Regulations for the medical services of the Army of India
Year: 1930
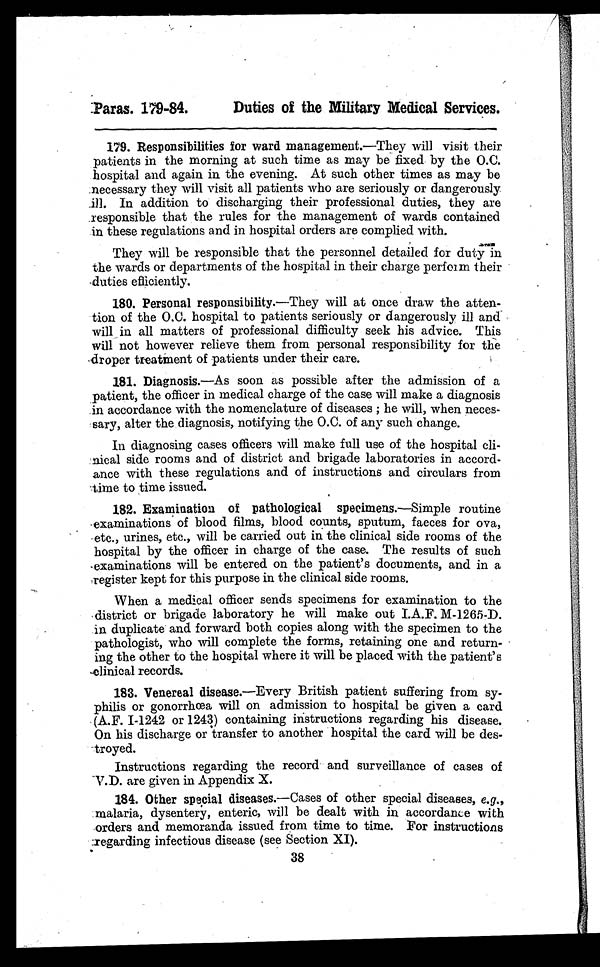
Paras. 179-84.
Duties of the Military Medical Services.
179. Responsibilities for ward management.—They will visit their
patients in the morning at such time as may be fixed by the O.C.
hospital and again in the evening. At such other times as may be
necessary they will visit all patients who are seriously or dangerously
ill. In addition to discharging their professional duties, they are
responsible that the rules for the management of wards contained
in these regulations and in hospital orders are complied with.
They will be responsible that the personnel detailed for duty in
the wards or departments of the hospital in their charge perform their
duties efficiently.
180. Personal responsibility. —They will at once draw the atten-
tion of the O.C. hospital to patients seriously or dangerously ill and
will in all matters of professional difficulty seek his advice. This
will not however relieve them from personal responsibility for the
droper treatment of patients under their care.
181. Diagnosis.—As soon as possible after the admission of a
patient, the officer in medical charge of the case will make a diagnosis
in accordance with the nomenclature of diseases ; he will, when neces-
sary, alter the diagnosis, notifying the O.C. of any such change.
In diagnosing cases officers will make full use of the hospital cli-
nical side rooms and of district and brigade laboratories in accord-
ance with these regulations and of instructions and circulars from
time to time issued.
182. Examination of pathological specimens. —Simple routine
examinations of blood films, blood counts, sputum, faeces for ova,
etc., urines, etc., will be carried out in the clinical side rooms of the
hospital by the officer in charge of the case. The results of such
examinations will be entered on the patient's documents, and in a
register kept for this purpose in the clinical side rooms.
When a medical officer sends specimens for examination to the
district or brigade laboratory he will make out I.A.F. M-1265-D.
in duplicate and forward both copies along with the specimen to the
pathologist, who will complete the forms, retaining one and return-
ing the other to the hospital where it will be placed with the patient's
clinical records.
183. Venereal disease.—Every British patient suffering from sy-
philis or gonorrhœa will on admission to hospital be given a card
(A.F. I-1242 or 1243) containing instructions regarding his disease.
On his discharge or transfer to another hospital the card will be des-
troyed.
Instructions regarding the record and surveillance of cases of
V.D. are given in Appendix X.
184. Other special diseases. —Cases of other special diseases, e.g.,
malaria, dysentery, enteric, will be dealt with in accordance with
orders and memoranda issued from time to time. For instructions
regarding infectious disease (see Section XI).
38